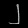
Digit: ၂